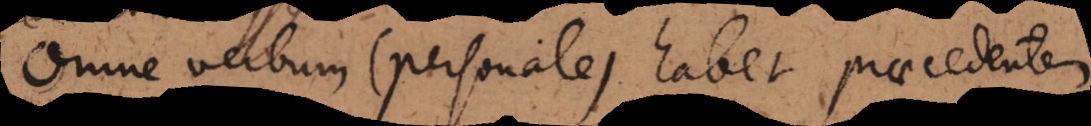
Omne verbum (personale) habet praecedentem